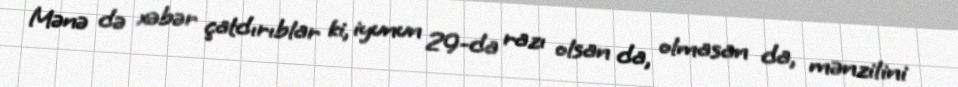
Mənə də xəbər çatdırıblar ki, iyunun 29-da razı olsan da, olmasan da, mənzilini